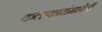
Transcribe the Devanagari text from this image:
कलाकारांमध्येही